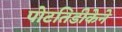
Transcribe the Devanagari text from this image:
पोटतिडीकेने